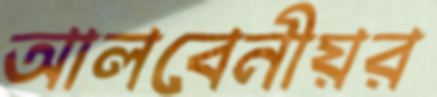
আলবেনীয়র